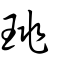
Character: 珧